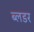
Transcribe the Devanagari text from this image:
ब्लडर